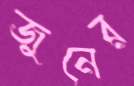
জুনের